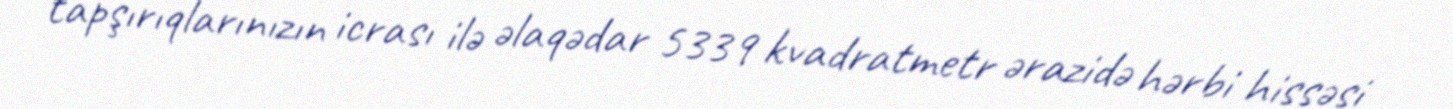
tapşırıqlarınızın icrası ilə əlaqədar 5339 kvadratmetr ərazidə hərbi hissəsi